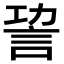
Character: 𧦪